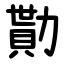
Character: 勩